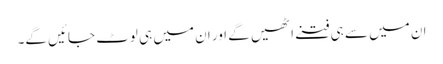
ان میں سے ہی فتنے اٹھیں گے اور ان میں ہی لوٹ جائیں گے۔